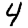
Digit: 4